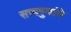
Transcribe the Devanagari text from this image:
सत्त्वगुणांचे